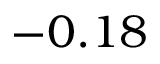
- 0 . 1 8